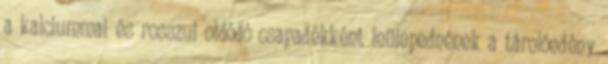
a kalciummal és rosszul oldódó csapadékként leülepednének a tárolóedény